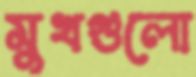
মুখগুলো